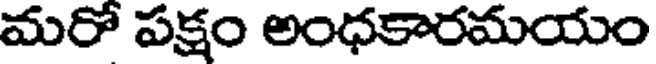
మరో పక్షం అంధకారమయం